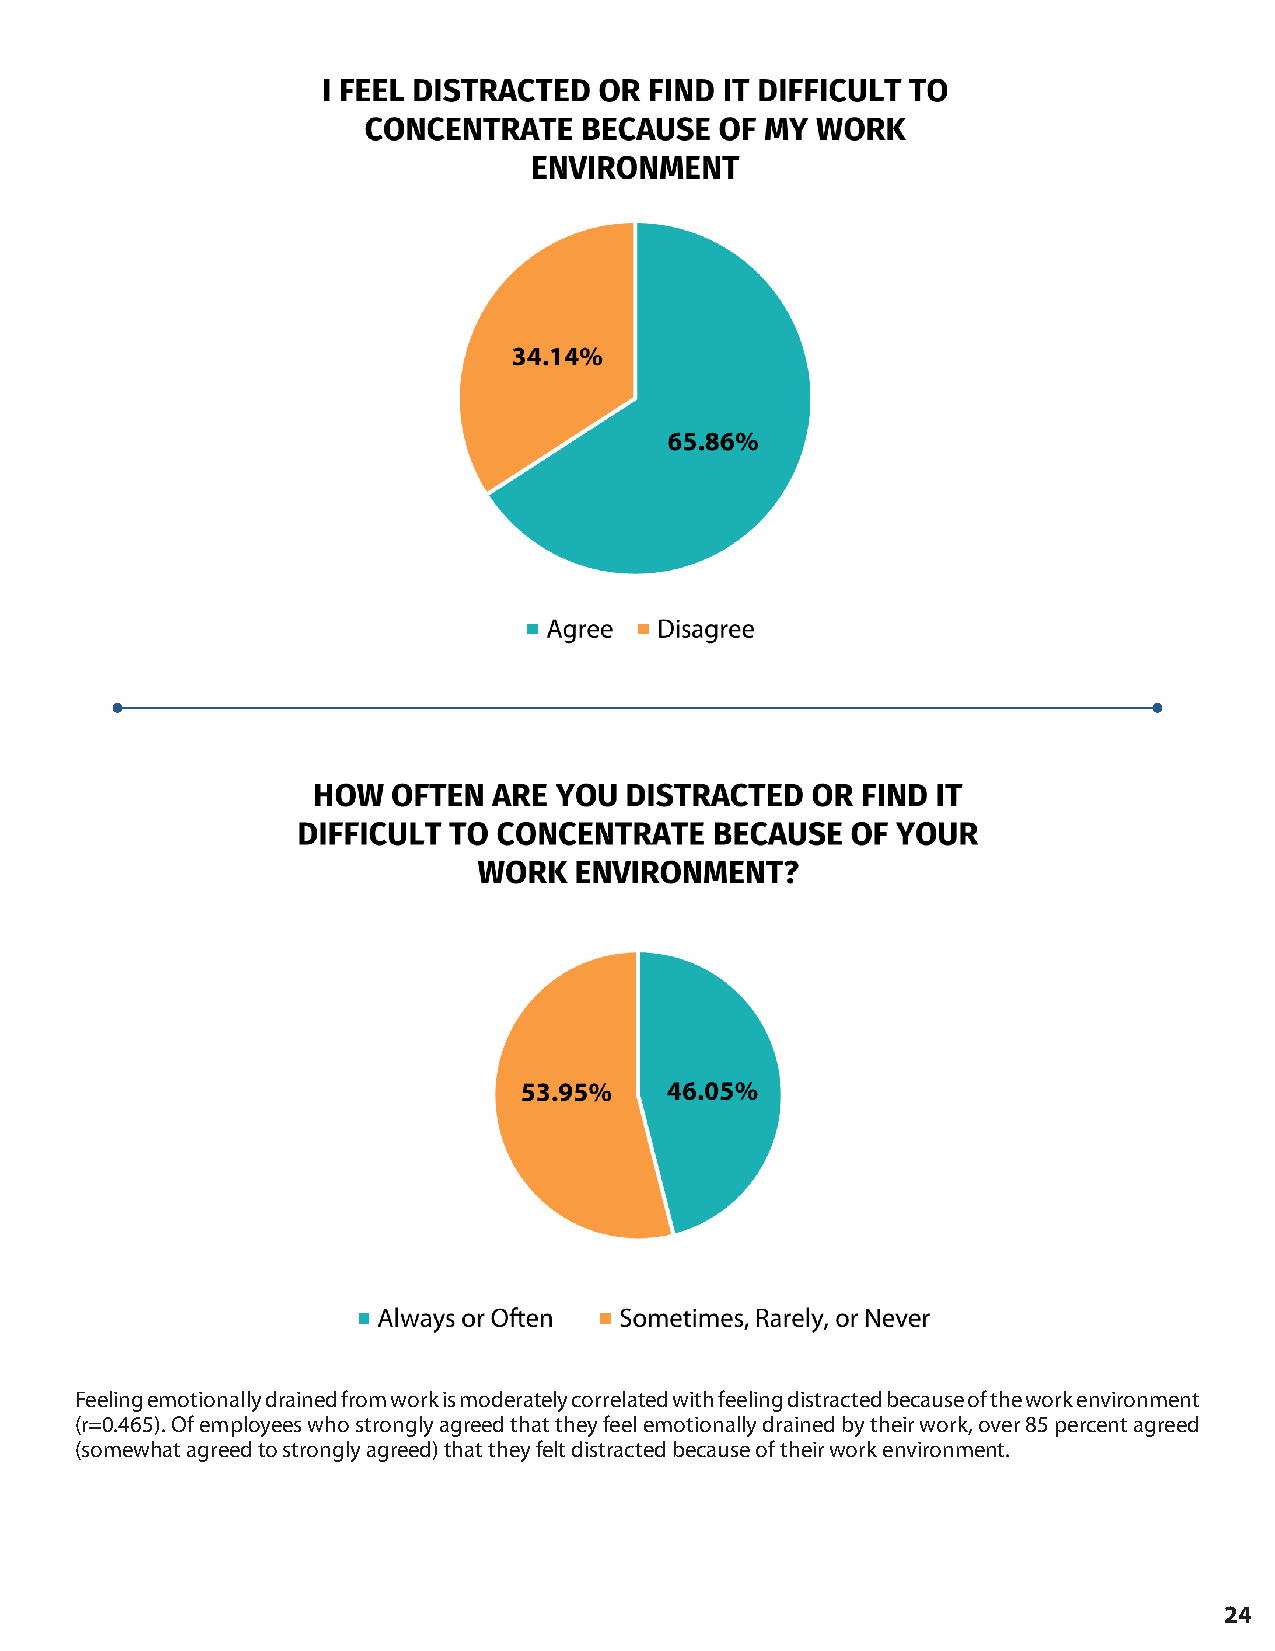
Feeling emotionally drained from work is moderately correlated with feeling distracted because of the work environment
 (r=0.465). Of employees who strongly agreed that they feel emotionally drained by their work, over 85 percent agreed
 (somewhat agreed to strongly agreed) that they felt distracted because of their work environment.
 24